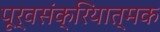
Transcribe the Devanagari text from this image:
पूर्वसंक्रियात्मक